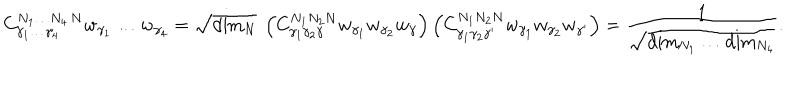
LaTeX: { C } _ { \gamma _ { 1 } \ldots \gamma _ { 4 } } ^ { N _ { 1 } \ldots N _ { 4 } \, N } w _ { \gamma _ { 1 } } \ldots w _ { \gamma _ { 4 } } = \sqrt { \mathrm { d i m } _ { N } } \ \left( { C } _ { \gamma _ { 1 } \gamma _ { 2 } \gamma } ^ { N _ { 1 } N _ { 2 } N } w _ { \gamma _ { 1 } } w _ { \gamma _ { 2 } } w _ { \gamma } \right) \left( { C } _ { \gamma _ { 1 } \gamma _ { 2 } \gamma ^ { \prime } } ^ { N _ { 1 } N _ { 2 } N } w _ { \gamma _ { 1 } } w _ { \gamma _ { 2 } } w _ { \gamma ^ { \prime } } \right) = { \frac { 1 } { \sqrt { \mathrm { d i m } _ { N _ { 1 } } \ldots \mathrm { d i m } _ { N _ { 4 } } } } } .